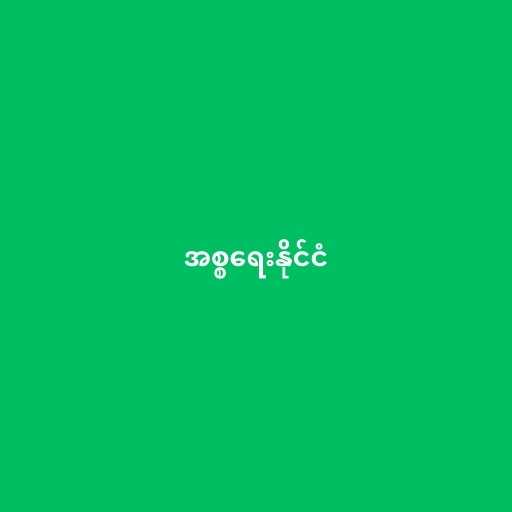
အစ္စရေးနိုင်ငံ